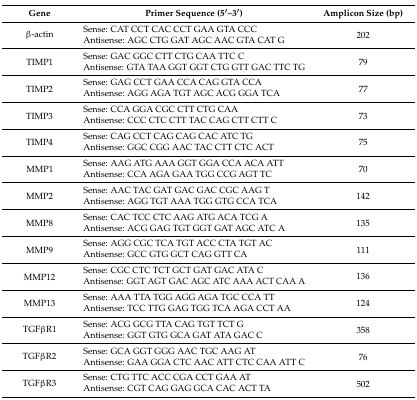
<table><thead><tr><td><b>Gene</b></td><td><b>Primer Sequence (5′–3′)</b></td><td><b>Amplicon Size (bp)</b></td></tr></thead><tbody><tr><td rowspan="2">β-actin</td><td>Sense: CAT CCT CAC CCT GAA GTA CCC</td><td rowspan="2">202</td></tr><tr><td>Antisense: AGC CTG GAT AGC AAC GTA CAT G</td></tr><tr><td rowspan="2">TIMP1</td><td>Sense: GAC GGC CTT CTG CAA TTC C</td><td rowspan="2">79</td></tr><tr><td>Antisense: GTA TAA GGT GGT CTG GTT GAC TTC TG</td></tr><tr><td rowspan="2">TIMP2</td><td>Sense: GAG CCT GAA CCA CAG GTA CCA</td><td rowspan="2">77</td></tr><tr><td>Antisense: AGG AGA TGT AGC ACG GGA TCA</td></tr><tr><td rowspan="2">TIMP3</td><td>Sense: CCA GGA CGC CTT CTG CAA</td><td rowspan="2">73</td></tr><tr><td>Antisense: CCC CTC CTT TAC CAG CTT CTT C</td></tr><tr><td rowspan="2">TIMP4</td><td>Sense: CAG CCT CAG CAG CAC ATC TG</td><td rowspan="2">75</td></tr><tr><td>Antisense: GGC CGG AAC TAC CTT CTC ACT</td></tr><tr><td rowspan="2">MMP1</td><td>Sense: AAG ATG AAA GGT GGA CCA ACA ATT</td><td rowspan="2">70</td></tr><tr><td>Antisense: CCA AGA GAA TGG CCG AGT TC</td></tr><tr><td rowspan="2">MMP2</td><td>Sense: AAC TAC GAT GAC GAC CGC AAG T</td><td rowspan="2">142</td></tr><tr><td>Antisense: AGG TGT AAA TGG GTG CCA TCA</td></tr><tr><td rowspan="2">MMP8</td><td>Sense: CAC TCC CTC AAG ATG ACA TCG A </td><td rowspan="2">135</td></tr><tr><td>Antisense: ACG GAG TGT GGT GAT AGC ATC A </td></tr><tr><td rowspan="2">MMP9</td><td>Sense: AGG CGC TCA TGT ACC CTA TGT AC </td><td rowspan="2">111</td></tr><tr><td>Antisense: GCC GTG GCT CAG GTT CA</td></tr><tr><td rowspan="2">MMP12</td><td>Sense: CGC CTC TCT GCT GAT GAC ATA C </td><td rowspan="2">136</td></tr><tr><td>Antisense: GGT AGT GAC AGC ATC AAA ACT CAA A </td></tr><tr><td rowspan="2">MMP13</td><td>Sense: AAA TTA TGG AGG AGA TGC CCA TT </td><td rowspan="2">124</td></tr><tr><td>Antisense: TCC TTG GAG TGG TCA AGA CCT AA </td></tr><tr><td rowspan="2">TGFβR1</td><td>Sense: ACG GCG TTA CAG TGT TCT G </td><td rowspan="2">358</td></tr><tr><td>Antisense: GGT GTG GCA GAT ATA GAC C </td></tr><tr><td rowspan="2">TGFβR2</td><td>Sense: GCA GGT GGG AAC TGC AAG AT </td><td rowspan="2">76</td></tr><tr><td>Antisense: GAA GGA CTC AAC ATT CTC CAA ATT C </td></tr><tr><td rowspan="2">TGFβR3</td><td>Sense: CTG TTC ACC CGA CCT GAA AT</td><td rowspan="2">502</td></tr><tr><td>Antisense: CGT CAG GAG GCA CAC ACT TA</td></tr></tbody></table>